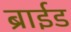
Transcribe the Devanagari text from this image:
ब्राईड